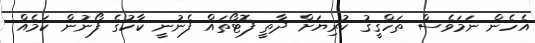
އެހެން ނަމަވެސް ތަހްޤީޤު ކުރިޔަށް ދާތީ ފޮޓޯތައް ފެނުނީ ކާކުގެ ފޯނުން ކަމެއް